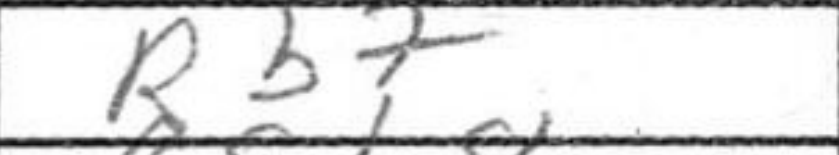
Transcription: Rb7